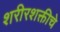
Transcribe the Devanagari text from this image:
शरीरशक्तीचे